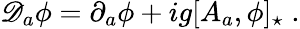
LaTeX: \mathscr{D}_{a}\phi=\partial_{a}\phi+ig[A_{a},\phi]_{\star}\; .